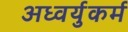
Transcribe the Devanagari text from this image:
अध्वर्युकर्म